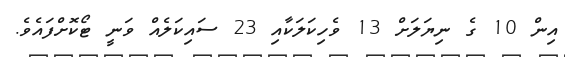
އިން 10 ގެ ނިޔަލަށް 13 ވެހިކަލަކާއި 23 ސައިކަލެއް ވަނީ ޓޯކޮށްފައެވެ.